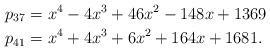
LaTeX: \begin{align*}p_{37} &= x^4 - 4x^3 + 46x^2 - 148x + 1369 \\p_{41} &= x^4 + 4x^3 + 6x^2 + 164x + 1681 .\end{align*}